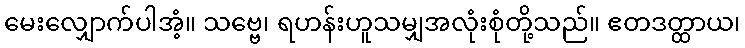
မေးလျှောက်ပါအံ့။ သဗ္ဗေ၊ ရဟန်းဟူသမျှအလုံးစုံတို့သည်။ ဧတဒတ္ထာယ၊